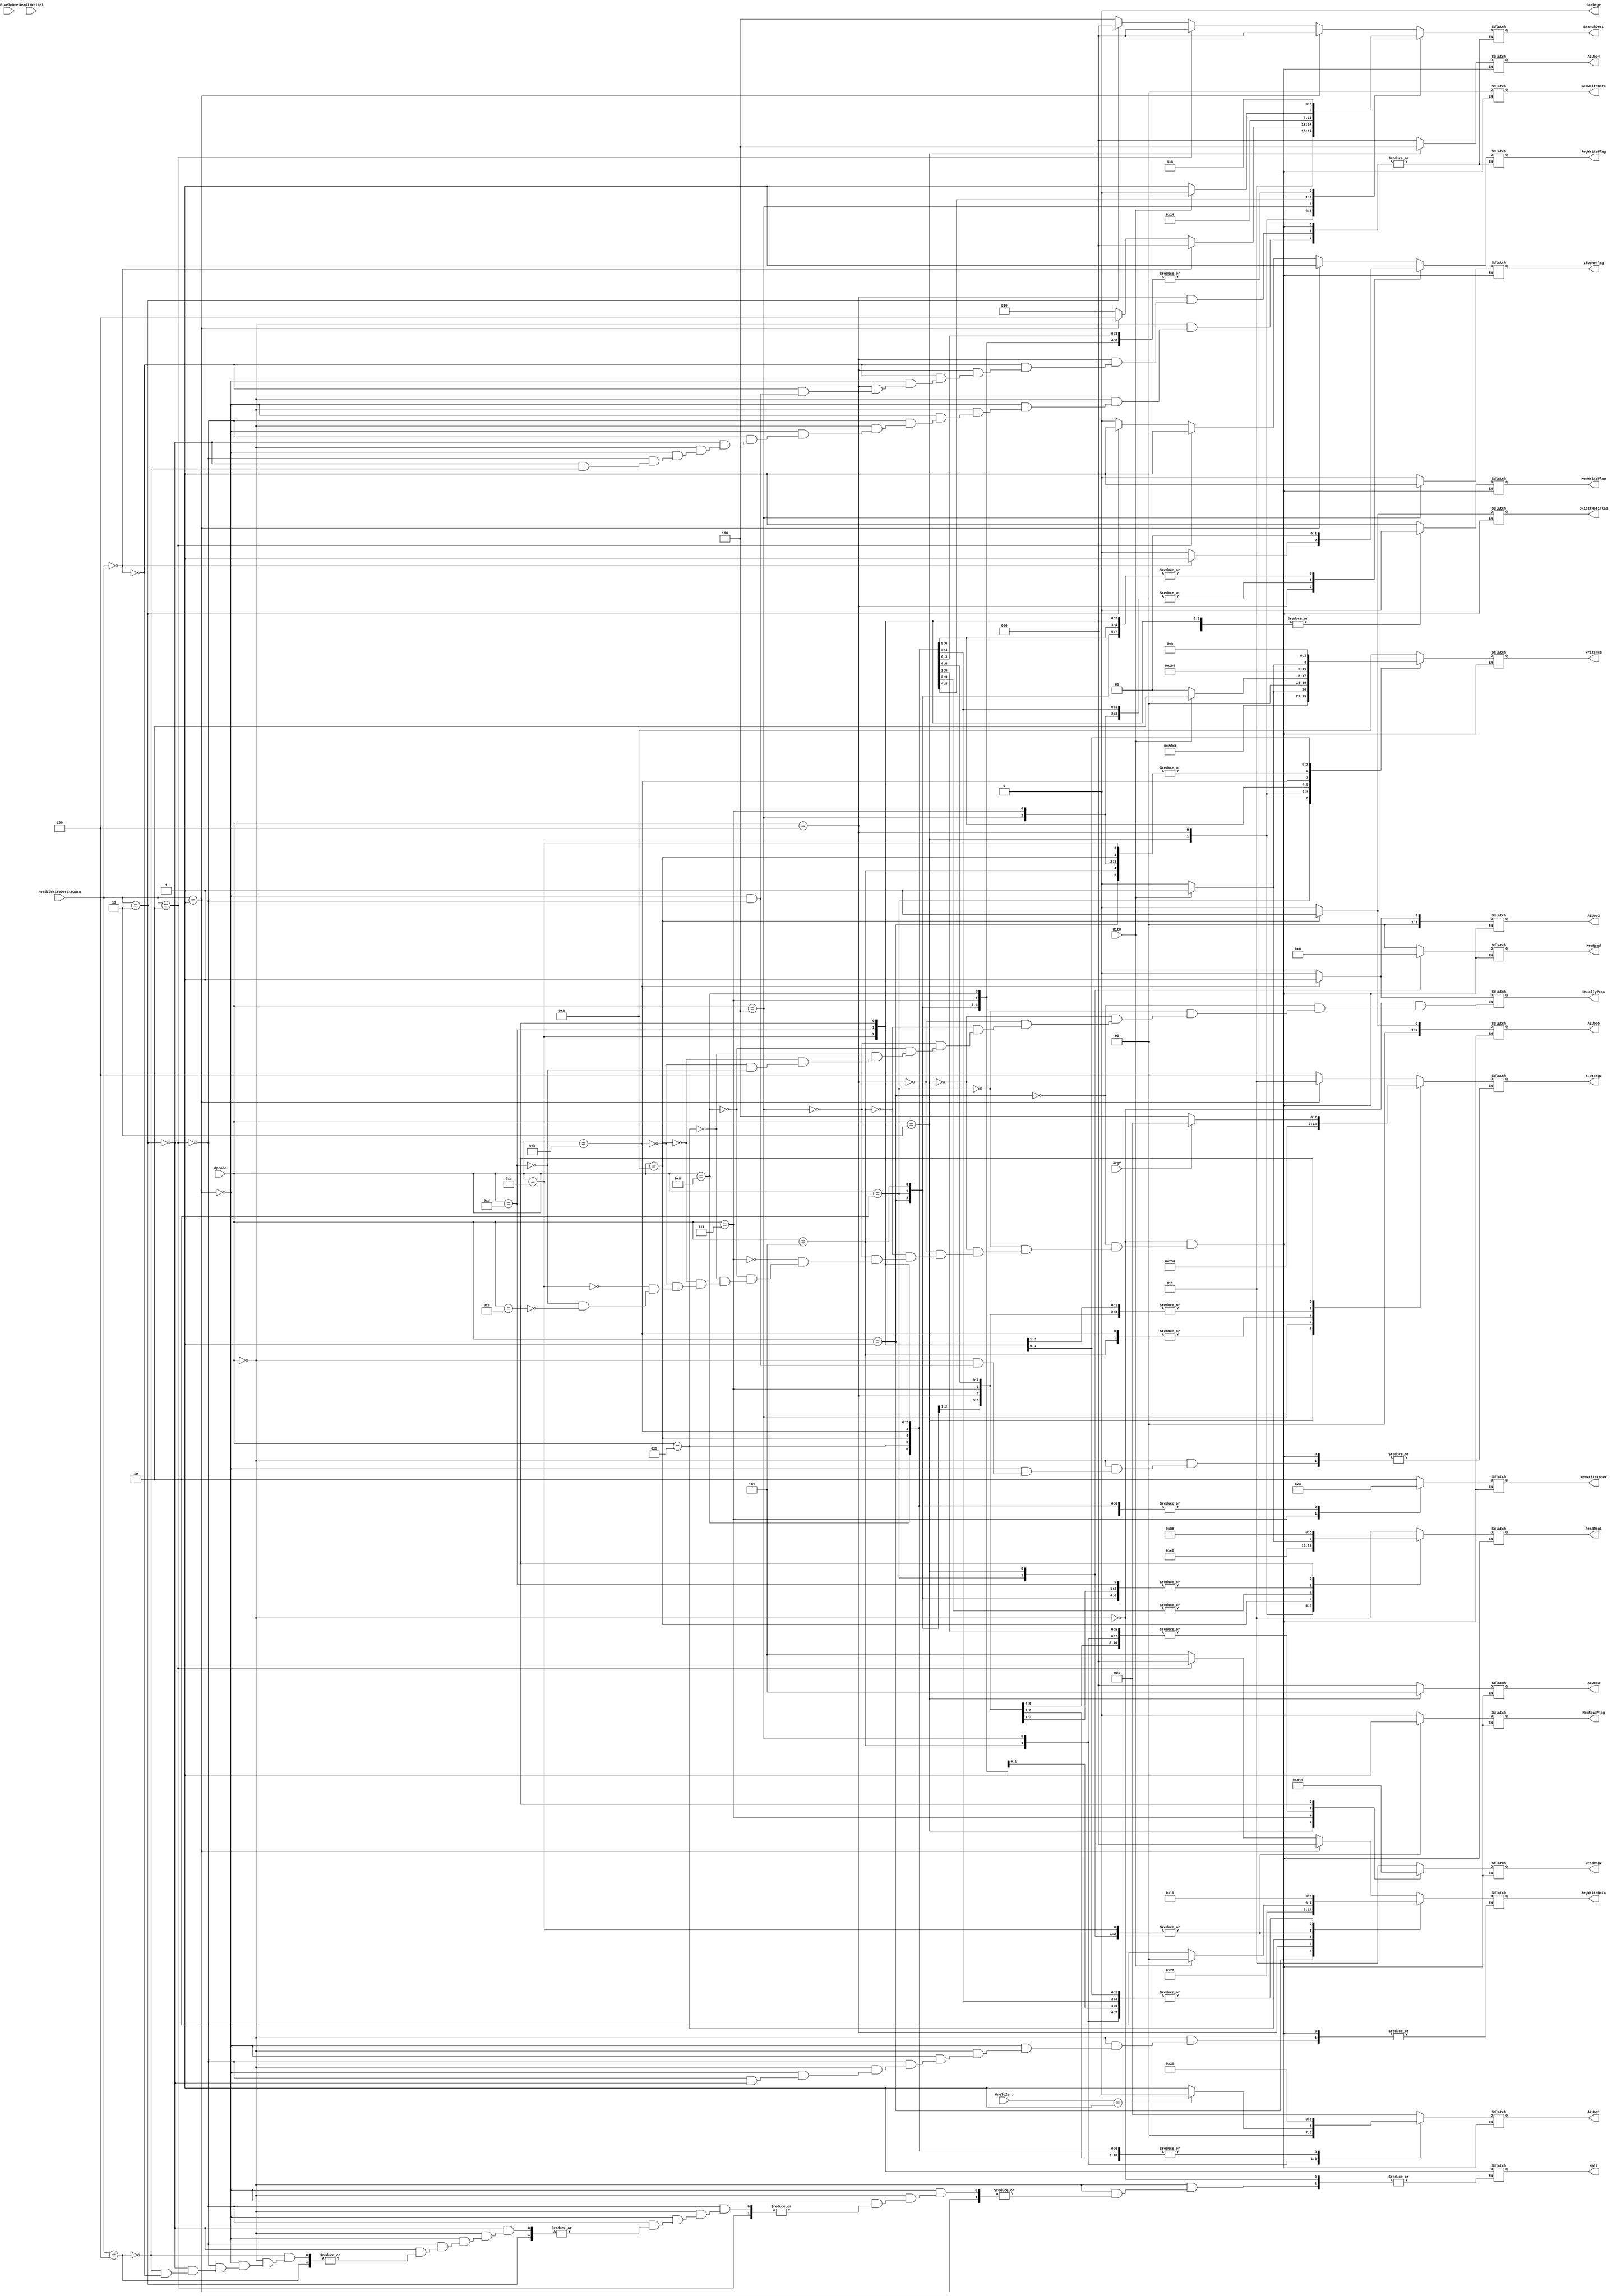
`timescale 1ns / 1ps
//////////////////////////////////////////////////////////////////////////////////
// Company: 
// Engineer: 
// 
// Design Name: 
// Module Name:    Control
// Project Name: 
// Target Devices: 
// Tool versions: 
// Description: 
//
// Dependencies: 
//
// Revision: 
// Revision 0.01 - File Created
// Additional Comments: 
//
//////////////////////////////////////////////////////////////////////////////////
module Control(

		input [3:0] Opcode,
		input [15:0] ReadI1WriteI,
		input [15:0] FiveToOne,
		input [15:0] ReadI2WriteDWriteData,
		input [15:0] OneToZero,
		input Arg2,
		input Bit0,
		output reg [2:0] ReadReg1,
		output reg [2:0] ReadReg2,
		output reg [3:0] WriteReg,
		output reg [2:0] RegWriteData,
		output reg [2:0] ALU1arg2,
		output reg [1:0] MemRead,
		output reg [1:0] MemWriteIndex,
		output reg [1:0] MemWriteData,
		output reg [2:0] BranchDest,
		output reg UsuallyZero,
		output reg RegWriteFlag,
		output reg MemReadFlag,
		output reg MemWriteFlag,
		output reg [2:0] ALUop1,
		output reg [2:0] ALUop2,
		output reg [2:0] ALUop3,
		output reg [2:0] ALUop4,
		output reg [2:0] ALUop5,
		output reg Halt,
		output reg Garbage,
		output reg SkipIfNot1Flag,
		output reg IfDoneFlag
    );

	initial begin
		Garbage = 0;
	end

	always @(Opcode or ReadI2WriteDWriteData)
		begin
		$display("Controller: %b - %b",Opcode,ReadI2WriteDWriteData[5:0]);
		case(Opcode)
			0 :						//result
			begin
			 ReadReg1 = 3;
			 ReadReg2 = 3;
			 WriteReg = 10;
			 if (ReadI2WriteDWriteData == 1)
				begin
					ALU1arg2 = 3;
					RegWriteData = 0;
					RegWriteFlag = 1;
					BranchDest = 0;
				end
			 else if (ReadI2WriteDWriteData == 2)
				begin
					RegWriteData = 0;
					ALU1arg2 = 4;
					RegWriteFlag = 1;
					BranchDest = 0;
				end
			 else if (ReadI2WriteDWriteData == 3)
				begin
					RegWriteData = 5;
					RegWriteFlag = 1;
					BranchDest = 0;
				end
			 else if (ReadI2WriteDWriteData == 4)
				begin
					BranchDest = 6;//set PC to 200 here (halt)
					RegWriteFlag = 0;
				end
			 else if (ReadI2WriteDWriteData == 0)
					Halt = 1;
			 MemRead = 0;
			 MemWriteIndex = 2;
			 MemWriteData = 0;
			 MemReadFlag = 0;
			 MemWriteFlag = 1;
			 ALUop1 = 1;
			 ALUop2 = 0;
			 ALUop3 = 0;
			 ALUop4 = 0;
			 ALUop5 = 0;
			 UsuallyZero = 0;
			 IfDoneFlag = 0;
			 SkipIfNot1Flag = 0;
			end
			1 :						//setImmediate
			begin
			//param[1] isnt going anywhere atm, it needs to go to RegWriteData
			 ReadReg1 = 0;
			 ReadReg2 = 0;
			 RegWriteData = 7;
			 WriteReg = 0;
			 ALU1arg2 = 0;
			 MemRead = 0;
			 MemWriteIndex = 0;
			 MemWriteData = 0;
			 BranchDest = 0;
			 RegWriteFlag = 1;
			 MemReadFlag = 0;
			 MemWriteFlag = 0;
			 ALUop1 = 0;
			 ALUop2 = 0;
			 ALUop3 = 0;
			 ALUop4 = 0;
			 ALUop5 = 0;
			 UsuallyZero = 0;
			 IfDoneFlag = 0;
			 SkipIfNot1Flag = 0;
			end
			2 :						//loadQuery
			begin
			 ReadReg1 = 0;
			 ReadReg2 = 0;
			 WriteReg = 5;
			 RegWriteData = 2;
			 ALU1arg2 = 0;
			 MemRead = 1;
			 MemWriteIndex = 0;
			 MemWriteData = 0;
			 BranchDest = 0;
			 RegWriteFlag = 1;
			 MemReadFlag = 1;
			 MemWriteFlag = 0;
			 ALUop1 = 0;
			 ALUop2 = 0;
			 ALUop3 = 0;
			 ALUop4 = 0;
			 ALUop5 = 0;
			 UsuallyZero = 0;
			 IfDoneFlag = 0;
			 SkipIfNot1Flag = 0;
			end
			3 :						//compare
			begin
			 ReadReg1 = 7;
			 ReadReg2 = 5;
			 RegWriteData = 2;
			 WriteReg = 11;
			 ALU1arg2 = 7;
			 MemRead = 2;
			 MemWriteIndex = 0;
			 MemWriteData = 0;
			 BranchDest = 3;
			 RegWriteFlag = 0;
			 MemReadFlag = 1;
			 MemWriteFlag = 0;
			 ALUop1 = 1;
			 ALUop2 = 0;
			 ALUop3 = 5;
			 ALUop4 = 6;
			 ALUop5 = 0;
			 UsuallyZero = 0;
			 IfDoneFlag = 0;
			 SkipIfNot1Flag = 0;
			end
			4 :						//jumpBackOrInit
			begin
			$display("JumpBackOrInit");
			 ReadReg1 = 1;
			 ReadReg2 = 0;
			 WriteReg = 4;
			 RegWriteData = 3;
			 ALU1arg2 = 0;
			 MemRead = 0;
			 MemWriteIndex = 0;
			 MemWriteData = 0;
			 if (ReadI2WriteDWriteData == 0)
				begin
					RegWriteFlag = 1;
					BranchDest = 0;
				end
			 else if (ReadI2WriteDWriteData == 1)
				begin
					RegWriteFlag = 0;
					BranchDest = 4;
				end
			 else if (ReadI2WriteDWriteData == 2)
				begin
				$display("JumpBack");
					RegWriteFlag = 0;
					BranchDest = 2;
				end
			 MemReadFlag = 0;
			 MemWriteFlag = 0;
			 ALUop1 = 0;
			 ALUop2 = 0;
			 ALUop3 = 0;
			 ALUop4 = 0;
			 ALUop5 = 0;
			 UsuallyZero = 0;
			 IfDoneFlag = 0;
			 SkipIfNot1Flag = 0;
			end
			5 :						//increment
			begin
			 ReadReg1 = 0;
			 ReadReg2 = 0;
			 WriteReg = 0;
			 RegWriteData = 0;
			 ALU1arg2 = 2;
			 MemRead = 0;
			 MemWriteIndex = 0;
			 MemWriteData = 0;
			 BranchDest = 0;
			 RegWriteFlag = 1;
			 MemReadFlag = 0;
			 MemWriteFlag = 0;
			 if (OneToZero == 1)
				ALUop1 = 0;//add
			 else
				ALUop1 = 1;//sub
			 ALUop2 = 0;
			 ALUop3 = 0;
			 ALUop4 = 0;
			 ALUop5 = 0;
			 UsuallyZero = 0;
			 IfDoneFlag = 0;
			 SkipIfNot1Flag = 0;
			end
			6 :						//ifDone
			begin
			 ReadReg1 = 3;
			 ReadReg2 = 0;
			 WriteReg = 0;
			 RegWriteData = 0;
			 ALU1arg2 = 5;
			 MemRead = 0;
			 MemWriteIndex = 0;
			 MemWriteData = 0;
			 BranchDest = 5;
			 RegWriteFlag = 0;
			 MemReadFlag = 0;
			 MemWriteFlag = 0;
			 ALUop1 = 4;
			 ALUop2 = 0;
			 ALUop3 = 0;
			 ALUop4 = 0;
			 ALUop5 = 0;
			 UsuallyZero = 0;
			 IfDoneFlag = 1;
			 SkipIfNot1Flag = 0;
			end
			7 :						//storeToZero
			begin
			 ReadReg1 = 0;
			 ReadReg2 = 1;
			 WriteReg = 0;
			 RegWriteData = 0;
			 ALU1arg2 = 0;
			 MemRead = 0;
			 MemWriteIndex = 1;
			 MemWriteData = 0;
			 BranchDest = 0;
			 RegWriteFlag = 0;
			 MemReadFlag = 0;
			 MemWriteFlag = 1;
			 ALUop1 = 0;
			 ALUop2 = 0;
			 ALUop3 = 0;
			 ALUop4 = 0;
			 ALUop5 = 0;
			 IfDoneFlag = 0;
			 SkipIfNot1Flag = 0;
			end
			8 :						//setArg
			begin
			 ReadReg1 = 0;
			 ReadReg2 = 0;
			 if (Bit0 == 0)
				WriteReg = 6;
			 else
				WriteReg = 7;
			 RegWriteData = 0;
			 ALU1arg2 = 0;
			 MemRead = 0;
			 MemWriteIndex = 0;
			 MemWriteData = 0;
			 BranchDest = 0;
			 RegWriteFlag = 1;
			 MemReadFlag = 0;
			 MemWriteFlag = 0;
			 ALUop1 = 0;
			 ALUop2 = 0;
			 ALUop3 = 0;
			 ALUop4 = 0;
			 ALUop5 = 0;
			 UsuallyZero = 0;
			 IfDoneFlag = 0;
			 SkipIfNot1Flag = 0;
			end
			9 :						//jumpOrInitFp
			begin
			 ReadReg1 = 0;
			 ReadReg2 = 0;
			 if (Bit0 == 0)	
				begin
					WriteReg = 1;
					RegWriteData = 6;
					BranchDest = 1;
				end
			 else
				begin
					WriteReg = 2;
					RegWriteData = 4;
					BranchDest = 0;
				end
			 ALU1arg2 = 0;
			 MemRead = 0;
			 MemWriteIndex = 0;
			 MemWriteData = 0;
			 RegWriteFlag = 1;
			 MemReadFlag = 0;
			 MemWriteFlag = 0;
			 ALUop1 = 0;
			 ALUop2 = 0;
			 ALUop3 = 0;
			 ALUop4 = 0;
			 ALUop5 = 0;
			 UsuallyZero = 0;
			 IfDoneFlag = 0;
			 SkipIfNot1Flag = 0;
			end
			10 :						//skipIfNotOne
			begin
			 if (Bit0 == 0)
				ReadReg1 = 4;
			 else
			   ReadReg1 = 5;
			 ReadReg2 = 0;
			 WriteReg = 0;
			 RegWriteData = 0;
			 ALU1arg2 = 0;
			 MemRead = 0;
			 MemWriteIndex = 0;
			 MemWriteData = 0;
			 BranchDest = 1;
			 RegWriteFlag = 0;
			 MemReadFlag = 0;
			 MemWriteFlag = 0;
			 ALUop1 = 0;
			 ALUop2 = 0;
			 ALUop3 = 0;
			 ALUop4 = 0;
			 ALUop5 = 1;//sub
			 UsuallyZero = 0;
			 IfDoneFlag = 0;
			 SkipIfNot1Flag = 1;
			end
			11 : 						//push
			begin
			 ReadReg1 = 2;
			 ReadReg2 = 0;
			 WriteReg = 2;
			 RegWriteData = 0;
			 ALU1arg2 = 2;
			 MemRead = 0;
			 MemWriteIndex = 0;
			 MemWriteData = 0;
			 BranchDest = 0;
			 RegWriteFlag = 0;//THIS IS SUPPOSED TO BE 0!!!!
			 MemReadFlag = 0;
			 MemWriteFlag = 1;
			 ALUop1 = 0;
			 ALUop2 = 1;//sub
			 ALUop3 = 0;
			 ALUop4 = 0;
			 ALUop5 = 0;
			 UsuallyZero = 1;//THIS IS SUPPOSED TO BE 1!!!
			 IfDoneFlag = 0;
			 SkipIfNot1Flag = 0;
			end
			12 :						//pop
			begin
			 ReadReg1 = 2;
			 ReadReg2 = 0;
			 WriteReg = 0;
			 RegWriteData = 2;
			 ALU1arg2 = 0;
			 MemRead = 0;
			 MemWriteIndex = 0;
			 MemWriteData = 0;
			 BranchDest = 0;
			 RegWriteFlag = 1;
			 MemReadFlag = 1;
			 MemWriteFlag = 0;
			 ALUop1 = 0;
			 ALUop2 = 0;
			 ALUop3 = 0;
			 ALUop4 = 0;
			 ALUop5 = 0;
			 IfDoneFlag = 0;
			 SkipIfNot1Flag = 0;
			end
			13 :						//setTemp
			begin
			 ReadReg1 = 0;
			 ReadReg2 = 0;
			 if (Bit0 == 0)
				WriteReg = 8;
			 else
				WriteReg = 9;
			 RegWriteData = 0;
			 ALU1arg2 = 0;
			 MemRead = 0;
			 MemWriteIndex = 0;
			 MemWriteData = 0;
			 BranchDest = 0;
			 RegWriteFlag = 1;
			 MemReadFlag = 0;
			 MemWriteFlag = 0;
			 ALUop1 = 0;
			 ALUop2 = 0;
			 ALUop3 = 0;
			 ALUop4 = 0;
			 ALUop5 = 0;
			 UsuallyZero = 0;
			 IfDoneFlag = 0;
			 SkipIfNot1Flag = 0;
			end
			14 :						//return	
			begin
			 ReadReg1 = 6;
			 ReadReg2 = 4;
			 WriteReg = 3;
			 RegWriteData = 0;
			 if (Arg2 == 1)
			   ALU1arg2 = 1;
			 else
			   ALU1arg2 = 6;
			 MemRead = 0;
			 MemWriteIndex = 0;
			 MemWriteData = 0;
			 BranchDest = 0;
			 RegWriteFlag = 1;
			 MemReadFlag = 0;
			 MemWriteFlag = 0;
			 ALUop1 = 0;
			 ALUop2 = 0;
			 ALUop3 = 0;
			 ALUop4 = 0;
			 ALUop5 = 0;
			 IfDoneFlag = 0;
			 SkipIfNot1Flag = 0;
			end
			
		endcase
	end		
endmodule